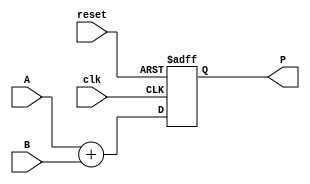
module LogMultiplier #(
    parameter WIDTH = 16 // Width of the fixed-point input
) (
    input wire [WIDTH-1:0] A, // Input operand A
    input wire [WIDTH-1:0] B, // Input operand B
    input wire clk,            // Clock signal
    input wire reset,          // Reset signal
    output reg [WIDTH-1:0] P   // Output product P
);

// Internal signals
wire [WIDTH-1:0] logA;
wire [WIDTH-1:0] logB;
wire [WIDTH-1:0] sumLog;
wire [WIDTH-1:0] expSum;

// Logarithm calculation module (placeholder)
function [WIDTH-1:0] log_function;
    input [WIDTH-1:0] x;
    begin
        // Implement a logarithm calculation (LUT, CORDIC, etc.)
        log_function = x; // Placeholder
    end
endfunction

// Exponential calculation module (placeholder)
function [WIDTH-1:0] exp_function;
    input [WIDTH-1:0] x;
    begin
        // Implement an exponential calculation (LUT, CORDIC, etc.)
        exp_function = x; // Placeholder
    end
endfunction

// Calculate logarithms
assign logA = log_function(A);
assign logB = log_function(B);

// Adder for logarithmic outputs
assign sumLog = logA + logB;

// Calculate exponential of the sum
assign expSum = exp_function(sumLog);

// Sequential logic for output
always @(posedge clk or posedge reset) begin
    if (reset) begin
        P <= 0;
    end else begin
        P <= expSum; // Store the product
    end
end

endmodule